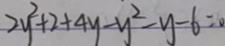
2 y ^ { 2 } + 2 + 4 y - y ^ { 2 } - y - 6 = 0